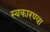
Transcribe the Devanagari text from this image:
स्वकारण्या